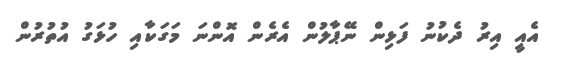
އެއީ އިރު ދެކުނު ފަޅިން ނޭޕާލުން އެރެން އޮންނަ މަގަކާއި ހުޅަގު އުތުރުން